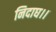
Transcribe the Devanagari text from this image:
निदाघ।।